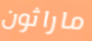
ماراثون